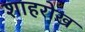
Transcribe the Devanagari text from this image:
शाहरोख